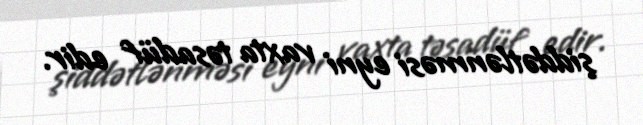
şiddətlənməsi eyni vaxta təsadüf edir.